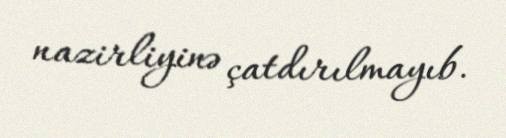
nazirliyinə çatdırılmayıb.